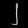
Digit: ၂